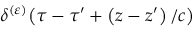
\delta ^ { ( \varepsilon ) } \! \left( \tau - \tau ^ { \prime } + \left( z - z ^ { \prime } \right) / c \right)